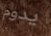
يدوم